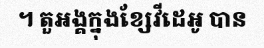
។ តួអង្គក្នុងខ្សែវីដេអូ បាន